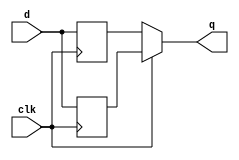
module top_module (
    input clk,
    input d,
    output q
);
   reg q1, q0;
always @(posedge clk)
    q1 <= d;
always @(negedge clk)
    q0 <= d;
assign q = clk ? q1 : q0;


endmodule